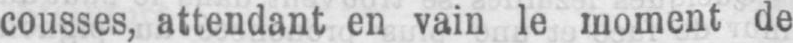
cousses, attendant en vain le moment de